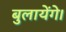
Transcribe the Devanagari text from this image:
बुलायेंगे।